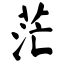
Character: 茫